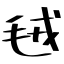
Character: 毧